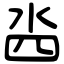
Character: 𣳉